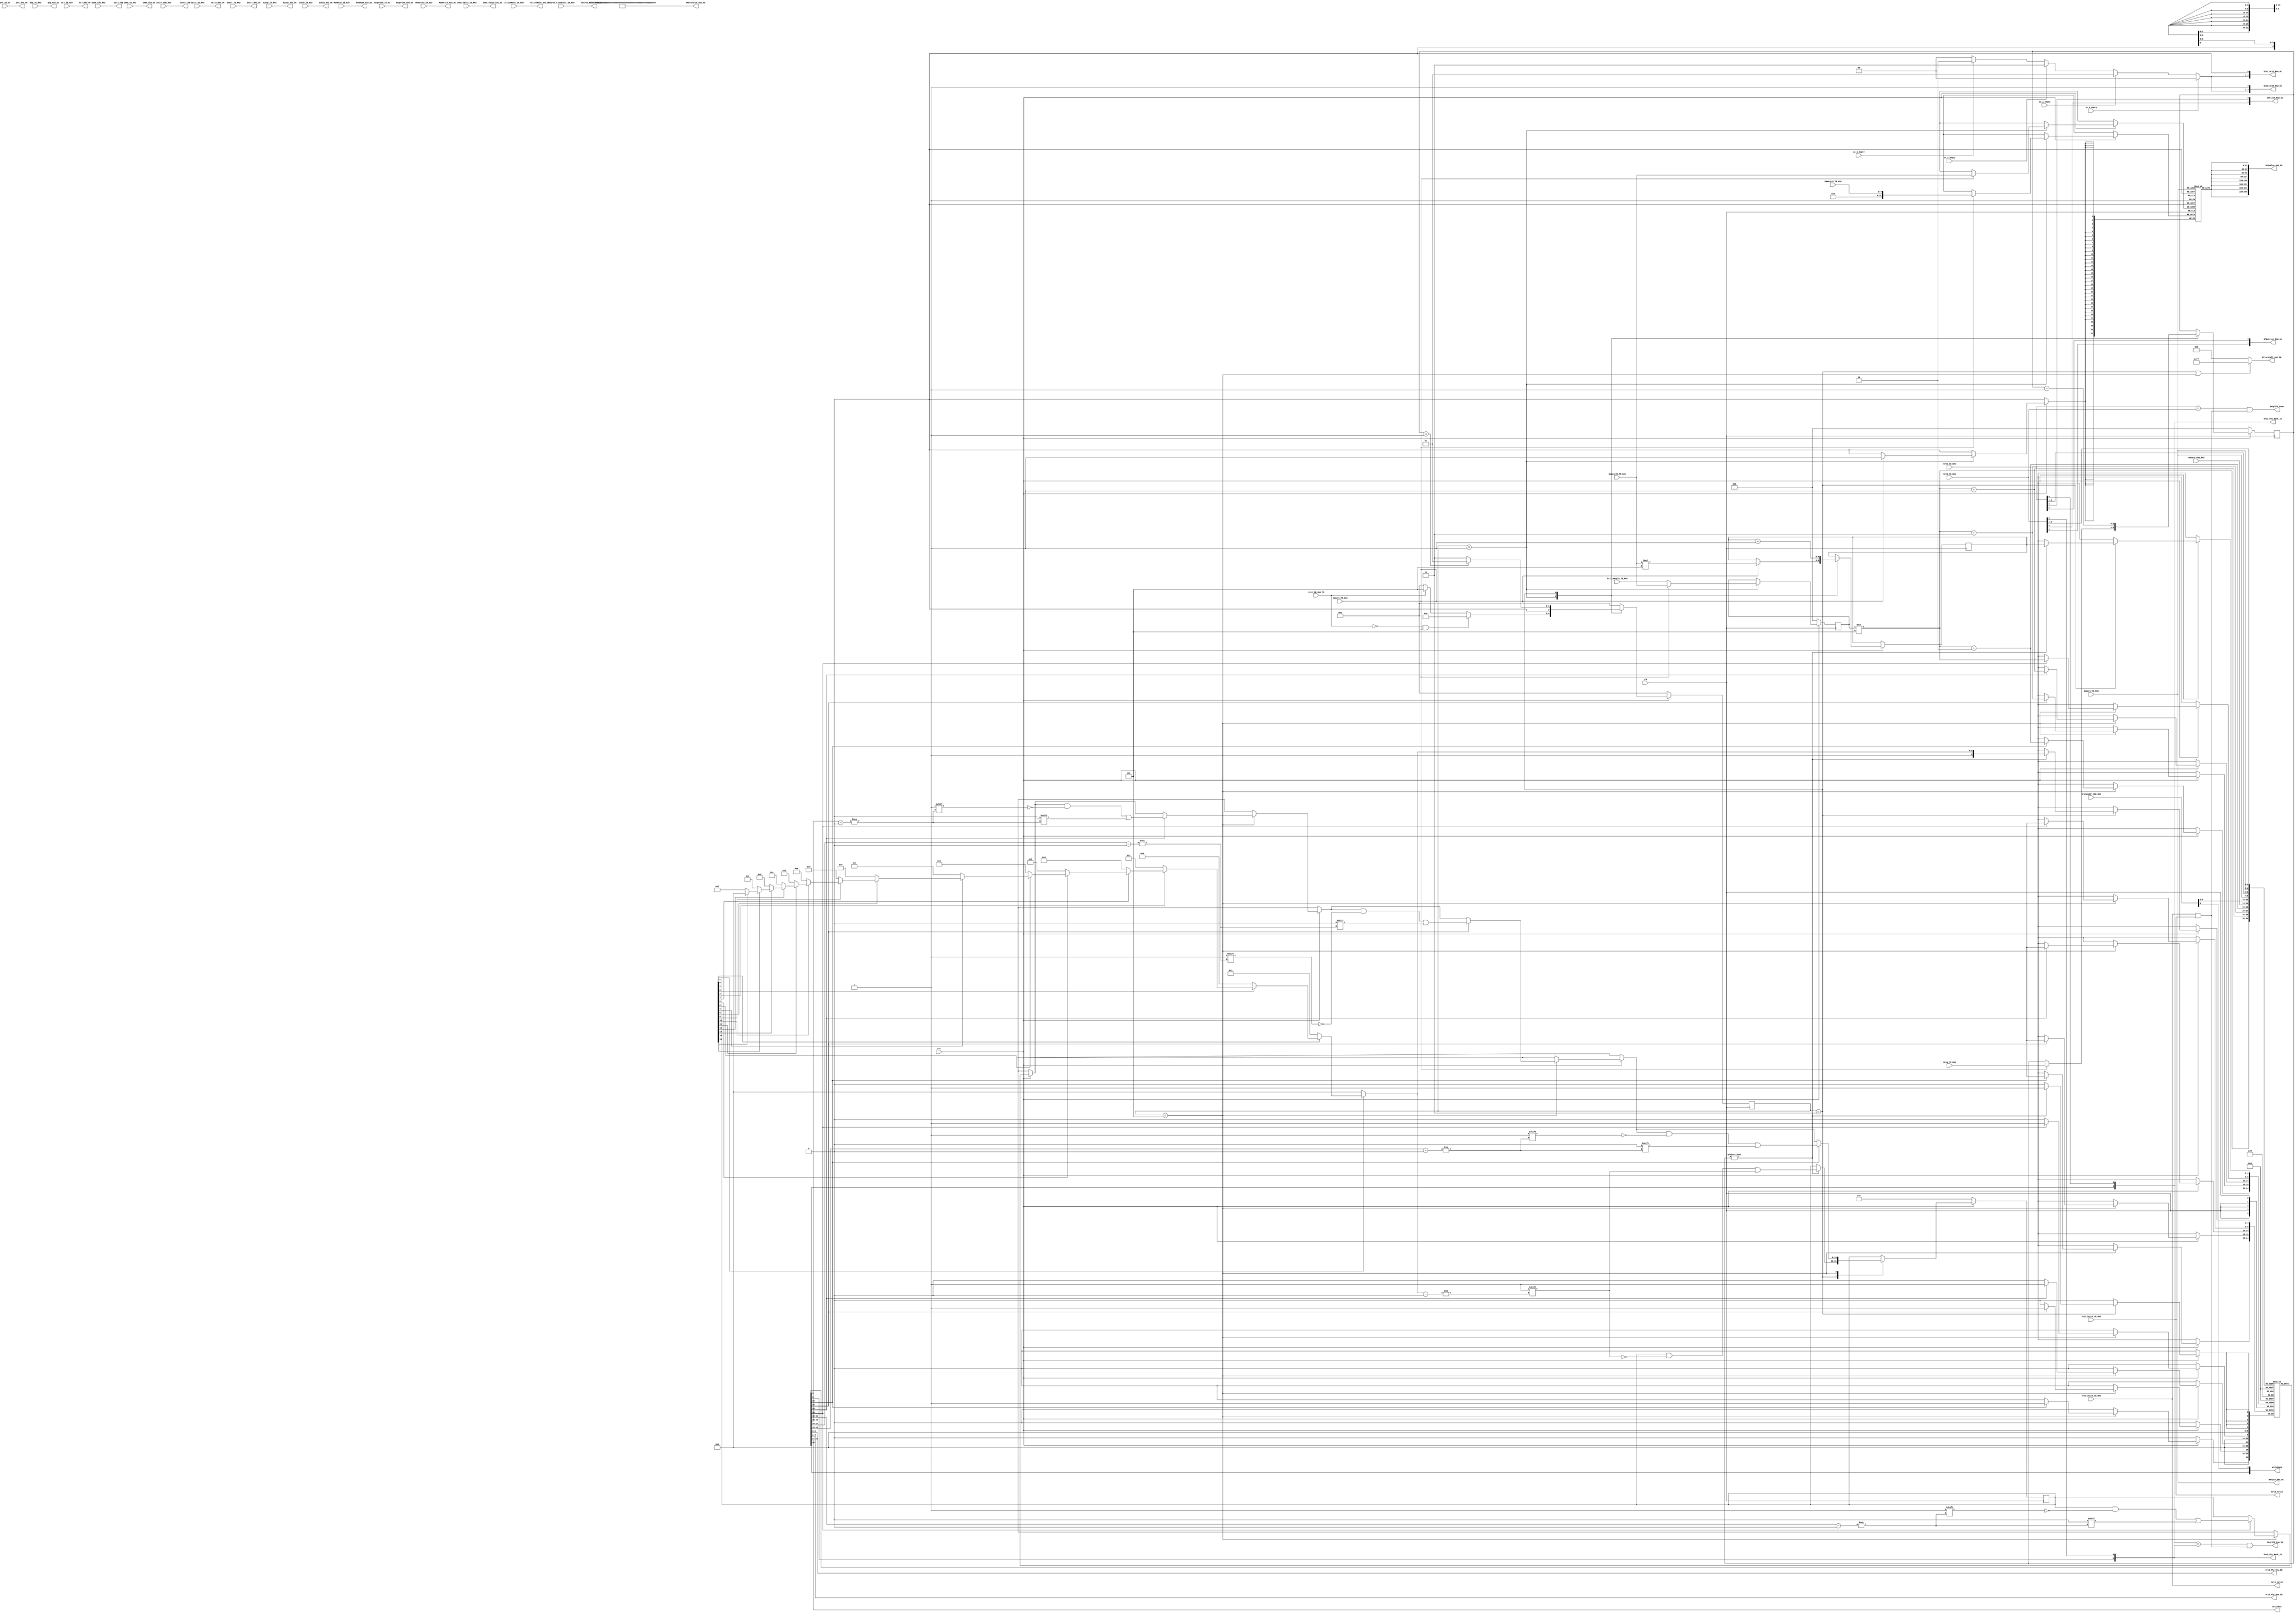
`timescale 1ns / 100ps

module Mapping(
    input wire rst,
    input wire clk,

    //every
    input wire Valid_IB_RAU,//use
    input wire [31:0] Instr_IB_RAU,//pass
    input wire [4:0] Src1_IB_RAU,//use; MSB->SpecialReg
    input wire Src1_Valid_IB_RAU,//?????
    input wire [4:0] Src2_IB_RAU,//use; MSB->SpecialReg
    input wire Src2_Valid_IB_RAU,//?????
    input wire RegWrite_IB_OC,
    input wire [4:0] Dst_IB_OC,
    input wire [15:0] Imme_IB_RAU,//use
    input wire Imme_Valid_IB_RAU,//?????
    input wire [3:0] ALUop_IB_RAU,//?????
    input wire MemWrite_IB_RAU,//judge 1 src
    input wire MemRead_IB_RAU,//judge 1 src
    input wire Shared_Globalbar_IB_RAU,//pass
    input wire BEQ_IB_RAU,//pass
    input wire BLT_IB_RAU,//pass
    input wire [1:0] ScbID_IB_RAU,//pass
    input wire [7:0] ActiveMask_IB_RAU,//pass

    //Allo or exit
    //Exit
    input wire [2:0] Exit_WarpID_IB_RAU,
    input wire Exit_IB_RAU_TM,

    //Allo
    input wire [2:0] HWWarpID_TM_RAU,
    input wire Update_TM_RAU,
    input wire [2:0] Nreg_TM_RAU,
    input wire [7:0] SWWarpID_TM_RAU,

    //output reg [4:0] Available_RAU_TM,
    output [7:0] AllocStall_RAU_IB,//IF?

    //Read 
    input wire [2:0] HWWarp_IB_RAU, //with valid?

    //Write
    input wire [2:0] WriteAddr_CDB_RAU,
    input wire [2:0] HWWarp_CDB_RAU,
    input wire [255:0] Data_CDB_RAU,
    input wire [31:0] Instr_CDB_RAU,

    //OCID
    input wire oc_0_empty,
    input wire oc_1_empty,
    input wire oc_2_empty,
    input wire oc_3_empty,

    //OCID

    output wire [2:0] Src1_OCID_RAU_OC,
    output wire [2:0] Src2_OCID_RAU_OC,

    //read write output
    output wire Src1_Valid,
    output wire Src2_Valid,
    output wire [1:0] Src1_Phy_Bank_ID,
    output wire [1:0] Src2_Phy_Bank_ID,
    output wire [2:0] Src1_Phy_Row_ID,
    output wire [2:0] Src2_Phy_Row_ID,

    output wire ReqFIFO_2op_EN,

    output wire [2:0] WriteRow,
    output wire [1:0] WriteBank,

    //every
    output wire Valid_RAU_OC ,//use
    output wire [31:0] Instr_RAU_OC ,//pass

    output wire [2:0] WarpID_RAU_OC,
    output wire [15:0] Imme_RAU_OC ,//
    output wire Imme_Valid_RAU_OC ,//
    output wire [3:0] ALUop_RAU_OC ,//
    output wire MemWrite_RAU_OC ,//
    output wire MemRead_RAU_OC ,//
    output wire Shared_Globalbar_RAU_OC ,//pass
    output wire BEQ_RAU_OC ,//pass
    output wire BLT_RAU_OC ,//pass
    output wire [1:0] ScbID_RAU_OC ,//pass
    output wire [7:0] ActiveMask_RAU_OC ,//pass
    output wire RegWrite_RAU_OC,
    output wire [4:0] Dst_RAU_OC,

    output wire [255:0]Data_CDB,
    output wire [31:0]Instr_CDB,

    output reg [1:0] SPEslot_RAU_OC,
    output reg [255:0] SPEvalue_RAU_OC,
    output reg [1:0] SPEv2slot_RAU_OC,
    output reg [255:0] SPEv2value_RAU_OC,

    output wire ReqFIFO_Same
);






localparam READY  = 3'b001;
localparam ALLO   = 3'b010;
localparam DEALLO = 3'b100;



reg [2:0] state;
reg [2:0] next_state;


reg [2:0] Nreq;
reg [2:0] HWWarp;
reg [4:0] LUT_StartAddr;
reg [4:0] LUT_Addr;

reg [31:0] SpecialReg[7:0]; //special register file

reg [15:0] MT ;
reg [4:0] LUT [31:0];

reg [3:0] next_empty_ptr;
reg [7:0] HWWarp_onehot;

integer i;
always@(*) begin
    next_empty_ptr = 0;
    for (i = 0; i < 16; i = i + 1) begin: next_empty
        if (!MT[15-i]) begin
            next_empty_ptr = 15-i;
        end
    end
end

integer j;
always@(*) begin
    HWWarp_onehot = 0;
    for (j = 0; j < 8; j = j + 1) begin: decode3_8
        if (j == HWWarp) begin
            HWWarp_onehot = 1 << j;
        end
    end
end

assign AllocStall_RAU_IB = (state == ALLO || state == DEALLO)? 8'hff : 0;
wire [2:0] LUT_RF_Row = next_empty_ptr[3:1];
wire LUT_RF_Bank  = next_empty_ptr[0];

//FSM
//state changing
always @ (posedge clk)
begin
    if (rst == 1'b0) begin
        state <= READY;
    end else begin
        state <= next_state;
    end
end

//conditions
always @ (*)
begin
    case(state)
        READY: begin 
            if (!Exit_IB_RAU_TM & Update_TM_RAU) begin
                next_state = ALLO;
            end else if (Exit_IB_RAU_TM) begin
                next_state = DEALLO;
            end else begin
                next_state = READY;
            end
        end
        ALLO:begin
            if (Nreq == 1) begin //defined in next always block
                next_state = READY;

            end else begin
                next_state = ALLO;
            end
        end
        DEALLO:begin
            next_state = READY;
        end
        default:
            next_state = READY;
    endcase
end

//Output
always @ (posedge clk)
begin
    if (rst == 1'b0) begin
        MT <= 0;
        Nreq <= 0;
        HWWarp <= 0;
    end else begin


    case(state)
        READY: begin
            if (Update_TM_RAU) begin
                Nreq <= Nreg_TM_RAU;
                HWWarp <= HWWarpID_TM_RAU; //SWWARP
                LUT_Addr <= HWWarpID_TM_RAU * 4; 
                SpecialReg[HWWarpID_TM_RAU] <= {24'b0,SWWarpID_TM_RAU}; // special reg
            end else begin
                HWWarp <= Exit_WarpID_IB_RAU; //how to write certain bits in instrcution
            end
        end

        ALLO: begin // regular and special
            LUT_Addr <= LUT_Addr + 1;
            Nreq <= Nreq - 1;
            if (Nreq != 0) begin
                LUT[LUT_Addr] <= {1'b1, LUT_RF_Row, LUT_RF_Bank};
                MT[next_empty_ptr] <= 1;
            end
        end


        DEALLO: begin
            if (LUT[HWWarp * 4][4] == 1'b1) begin
                MT[LUT[HWWarp * 4][3:0]] <= 1'b0;	//MT corresponding bit reset
                LUT[HWWarp * 4][4] <= 1'b0; //LUT valid bit reset
            end

            if (LUT[HWWarp * 4 + 1][4] == 1'b1) begin
                MT[LUT[HWWarp * 4 + 1][3:0]] <= 1'b0;
                LUT[HWWarp * 4 + 1][4] <= 1'b0;
            end

            if (LUT[HWWarp * 4 + 2][4] == 1'b1) begin
                MT[LUT[HWWarp * 4 + 2][3:0]] <= 1'b0;
                LUT[HWWarp * 4 + 2][4] <= 1'b0;
            end
            
            if (LUT[HWWarp * 4 + 3][4] == 1'b1) begin
                MT[LUT[HWWarp * 4 + 3][3:0]] <= 1'b0;			
                LUT[HWWarp * 4 + 3][4] <= 1'b0;
            end
        end
    endcase
    end
end




assign WriteRow = LUT[{HWWarp_CDB_RAU, WriteAddr_CDB_RAU[2:1]}][3:1];
assign WriteBank = {LUT[{HWWarp_CDB_RAU, WriteAddr_CDB_RAU[2:1]}][0], WriteAddr_CDB_RAU[0]} ;

assign Src1_Valid = Src1_Valid_IB_RAU;
assign Src1_Phy_Row_ID = LUT[{HWWarp_IB_RAU, Src1_IB_RAU[2:1]}][3:1];
assign Src1_Phy_Bank_ID = {LUT[{HWWarp_IB_RAU, Src1_IB_RAU[2:1]}][0], Src1_IB_RAU[0]};

assign Src2_Valid = Src2_Valid_IB_RAU;
assign Src2_Phy_Row_ID = LUT[{HWWarp_IB_RAU, Src2_IB_RAU[2:1]}][3:1];
assign Src2_Phy_Bank_ID = {LUT[{HWWarp_IB_RAU, Src2_IB_RAU[2:1]}][0], Src2_IB_RAU[0]};

//same bank or not?
assign ReqFIFO_2op_EN = (Src1_Phy_Bank_ID == Src2_Phy_Bank_ID) & (Src1_Valid & Src2_Valid);
assign ReqFIFO_Same = (Src1_IB_RAU == Src2_IB_RAU) & (Src1_Valid & Src2_Valid);
//ReqFIFOrf


reg [1:0] OCID_RAU_OC;

always @ (*)
begin
    OCID_RAU_OC = 2'b00;
    if (oc_0_empty == 1)
        OCID_RAU_OC = 2'b00;
    else if (oc_1_empty == 1)
        OCID_RAU_OC = 2'b01;
    else if (oc_2_empty == 1)
        OCID_RAU_OC = 2'b10;
    else if (oc_3_empty == 1)
        OCID_RAU_OC = 2'b11;

        
end


assign Src1_OCID_RAU_OC = {OCID_RAU_OC , 1'b0};
assign Src2_OCID_RAU_OC = {OCID_RAU_OC , 1'b1};

//occupied to OC


assign Valid_RAU_OC = Valid_IB_RAU;
assign Instr_RAU_OC = Instr_IB_RAU;

assign WarpID_RAU_OC = HWWarp_IB_RAU;
assign Imme_RAU_OC =Imme_IB_RAU;
assign Imme_Valid_RAU_OC = Imme_Valid_IB_RAU;
assign ALUop_RAU_OC = ALUop_IB_RAU;
assign MemWrite_RAU_OC = MemWrite_IB_RAU;
assign MemRead_RAU_OC = MemRead_IB_RAU;
assign Shared_Globalbar_RAU_OC = Shared_Globalbar_IB_RAU;
assign BEQ_RAU_OC = BEQ_IB_RAU;
assign BLT_RAU_OC = BLT_IB_RAU;
assign ScbID_RAU_OC = ScbID_IB_RAU;
assign ActiveMask_RAU_OC = ActiveMask_IB_RAU;
assign RegWrite_RAU_OC = RegWrite_IB_OC;
assign Dst_RAU_OC = Dst_IB_OC;

assign Data_CDB = Data_CDB_RAU;
assign Instr_CDB = Instr_CDB_RAU;


always @ (*)
begin
    SPEslot_RAU_OC = {Src2_IB_RAU[4], Src1_IB_RAU[4]}; 
    SPEvalue_RAU_OC = {8{SpecialReg[HWWarp_IB_RAU]}};
    SPEv2slot_RAU_OC = {Src2_IB_RAU[3], Src1_IB_RAU[3]}; 
    SPEv2value_RAU_OC = {32'd7,32'd6,32'd5,32'd4,32'd3,32'd2,32'd1,32'd0};
end

endmodule